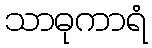
သာဓုကာရံ